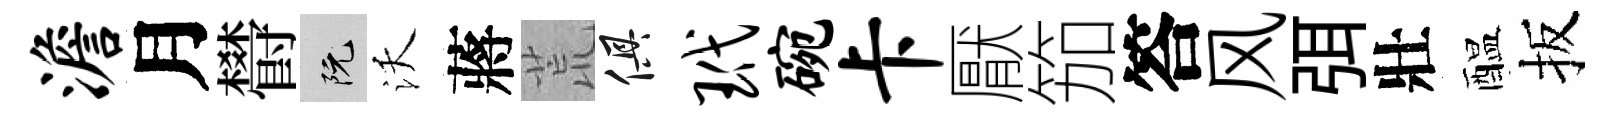
澹月欎阮沃蔣荒俱玳碗卡厭笳答风弭壯醖扳